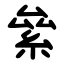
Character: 絫